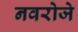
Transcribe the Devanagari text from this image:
नवरोजे